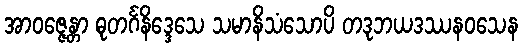
အာဝဇ္ဇေန္တာ ဓုတင်္ဂနိဒ္ဒေသေ သမာနိသံသောပိ တဒုဘယဒဿနဝသေန